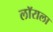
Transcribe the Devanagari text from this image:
लॉराला